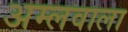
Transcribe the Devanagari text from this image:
अम्लवाला